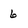
Character: 6